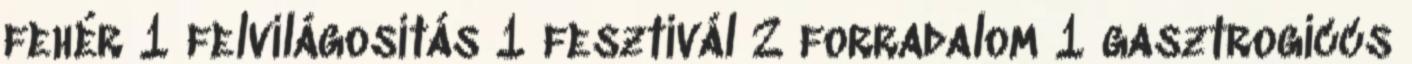
fehér 1 felvilágosítás 1 fesztivál 2 forradalom 1 gasztrogiccs